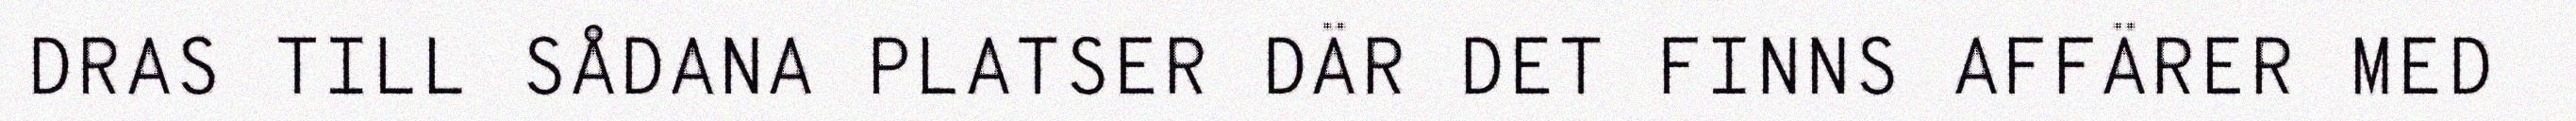
DRAS TILL SÅDANA PLATSER DÄR DET FINNS AFFÄRER MED